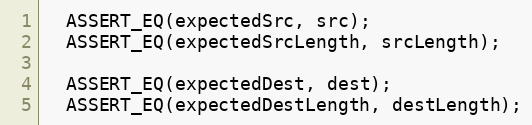
Language: C++
  ASSERT_EQ(expectedSrc, src);
  ASSERT_EQ(expectedSrcLength, srcLength);

  ASSERT_EQ(expectedDest, dest);
  ASSERT_EQ(expectedDestLength, destLength);